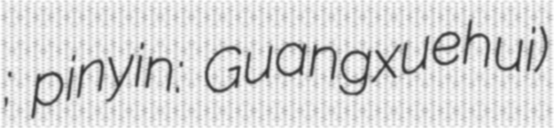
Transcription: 廣學會; pinyin: Guangxuehui)